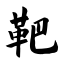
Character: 靶